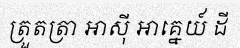
ត្រួតត្រា អាស៊ី អាគ្នេយ៍ ដី